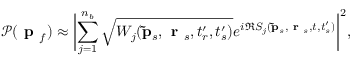
\mathcal { P } ( \textbf { p } _ { f } ) \approx \biggl | \displaystyle \sum _ { j = 1 } ^ { n _ { b } } \sqrt { W _ { j } ( \mathbf { \tilde { p } } _ { s } , \textbf { r } _ { s } , t _ { r } ^ { \prime } , t _ { s } ^ { \prime } ) } e ^ { i \Re S _ { j } ( \mathbf { \tilde { p } } _ { s } , \textbf { r } _ { s } , t , t _ { s } ^ { \prime } ) } \biggr | ^ { 2 } ,